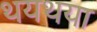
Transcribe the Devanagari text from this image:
थयथया